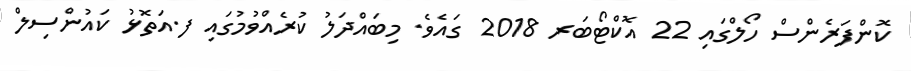
ކޮންފަރެންސް ހޯލްގައި 22 އޮކްޓޯބަރ 2018 ގައެވެ. މިބައްދަލު ކުރެއްވުމުގައި ފ.އަތޮޅު ކައުންސިލް